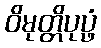
ဝိမုတ္တိပုပ္ဖံ